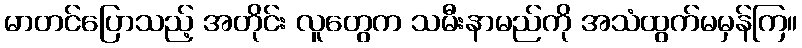
မာတင်ပြောသည့် အတိုင်း လူတွေက သမီးနာမည်ကို အသံထွက်မမှန်ကြ။